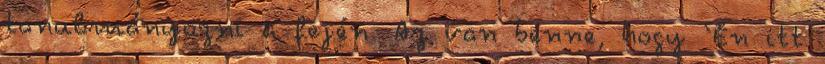
tanulmányozni a fején. Az van benne, hogy ‘Én itt